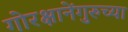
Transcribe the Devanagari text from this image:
गोरक्षानेंगुरुच्या